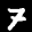
Label: 7